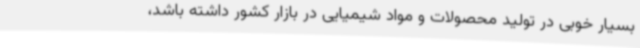
بسیار خوبی در تولید محصولات و مواد شیمیایی در بازار کشور داشته باشد،